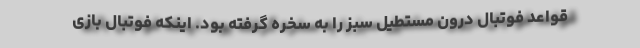
قواعد فوتبال درون مستطیل سبز را به سخره گرفته بود. اینکه فوتبال بازی